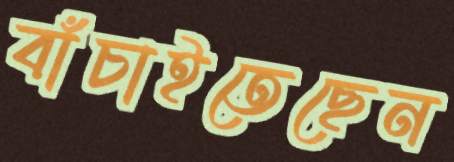
বাঁচাইতেছেন